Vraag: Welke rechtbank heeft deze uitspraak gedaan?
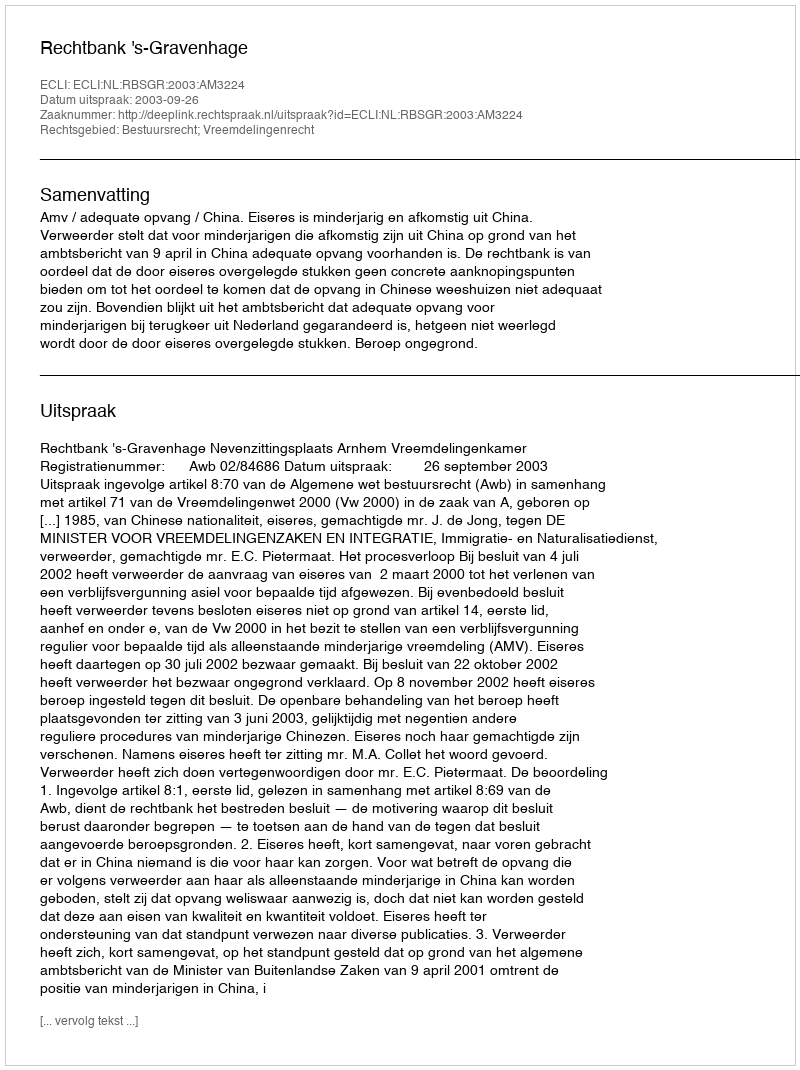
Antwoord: Rechtbank 's-Gravenhage